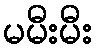
မမီးမီး